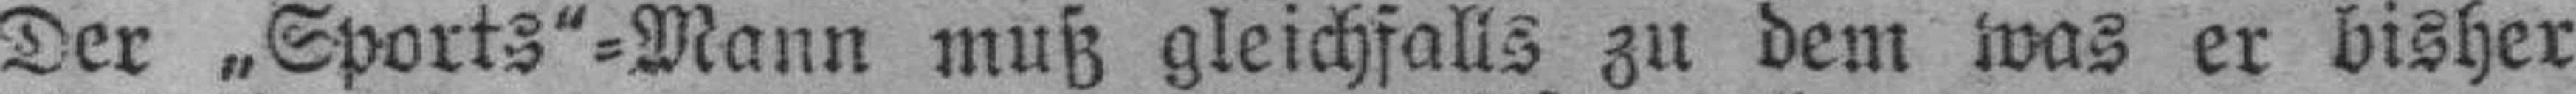
Der „Sports"=Mann muß gleichfalls zu dem was er bisher